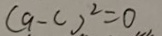
( 9 - c ) ^ { 2 } = 0